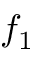
f _ { 1 }